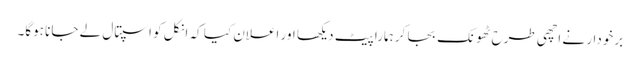
برخودار نے اچھی طرح ٹھونک بجا کر ہمارا پیٹ دیکھا اور اعلان کیا کہ انکل کو اسپتال لے جانا ہوگا۔